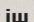
іш